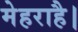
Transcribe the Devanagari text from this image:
मेहराहै।